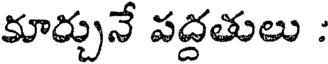
కూర్చునే పద్దతులు :